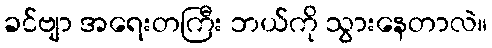
ခင်ဗျာ အရေးတကြီး ဘယ်ကို သွားနေတာလဲ။